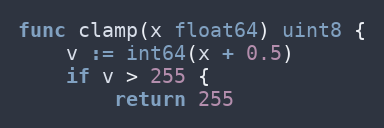
Language: Go
func clamp(x float64) uint8 {
	v := int64(x + 0.5)
	if v > 255 {
		return 255